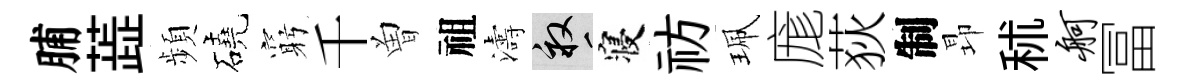
脯蕋頻磽窮千曽祖濤畝寝祊珮庬荻制昻秫舸冨